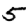
Digit: 5